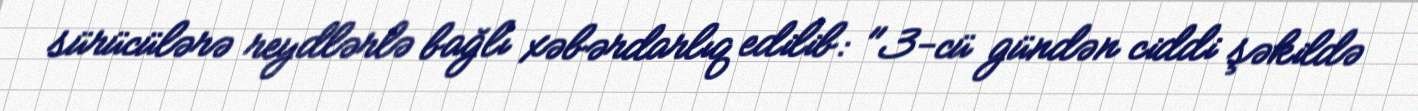
sürücülərə reydlərlə bağlı xəbərdarlıq edilib: "3-cü gündən ciddi şəkildə